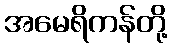
အမေရိကန်တို့